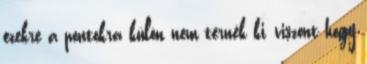
ezekre a pontokra külön nem térnék ki, viszont hogy